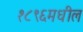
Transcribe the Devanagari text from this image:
१८९६मधील